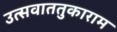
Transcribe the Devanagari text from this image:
उत्सवाततुकाराम